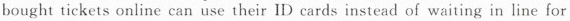
bought tickets online can use their ID cards instead of waiting in line for